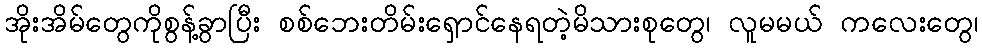
အိုးအိမ်တွေကိုစွန့်ခွာပြီး စစ်ဘေးတိမ်းရှောင်နေရတဲ့မိသားစုတွေ၊ လူမမယ် ကလေးတွေ၊